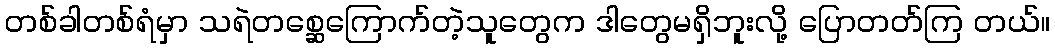
တစ်ခါတစ်ရံမှာ သရဲတစ္ဆေကြောက်တဲ့သူတွေက ဒါတွေမရှိဘူးလို့ ပြောတတ်ကြ တယ်။